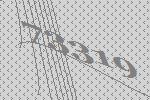
73319